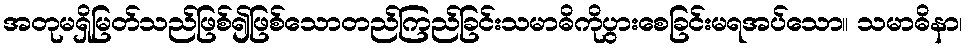
အတုမရှိမြတ်သည်ဖြစ်၍ဖြစ်သောတည်ကြည်ခြင်းသမာဓိကိုပွားစေခြင်းမရအပ်သော။ သမာဓိနာ၊